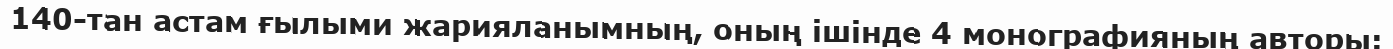
140-тан астам ғылыми жарияланымның, оның ішінде 4 монографияның авторы: